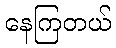
နေကြတယ်